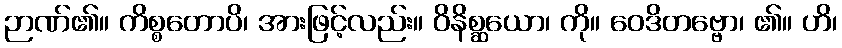
ဉာဏ်၏။ ကိစ္စတောပိ၊ အားဖြင့်လည်း။ ဝိနိစ္ဆယော၊ ကို။ ဝေဒိတဗ္ဗော၊ ၏။ ဟိ၊